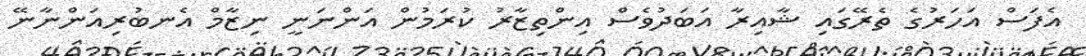
އެފަސް އަހަރުގެ ތެރޭގައި ޝާއިރާ އަބަދުވެސް އިންތިޒާރު ކުރަމުން އަންނަނީ ނިޒާމް އެނބުރިއަންނާނޭ